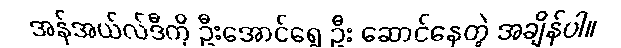
အန်အယ်လ်ဒီကို ဦးအောင်ရွှေ ဦး ဆောင်နေတဲ့ အချိန်ပါ။